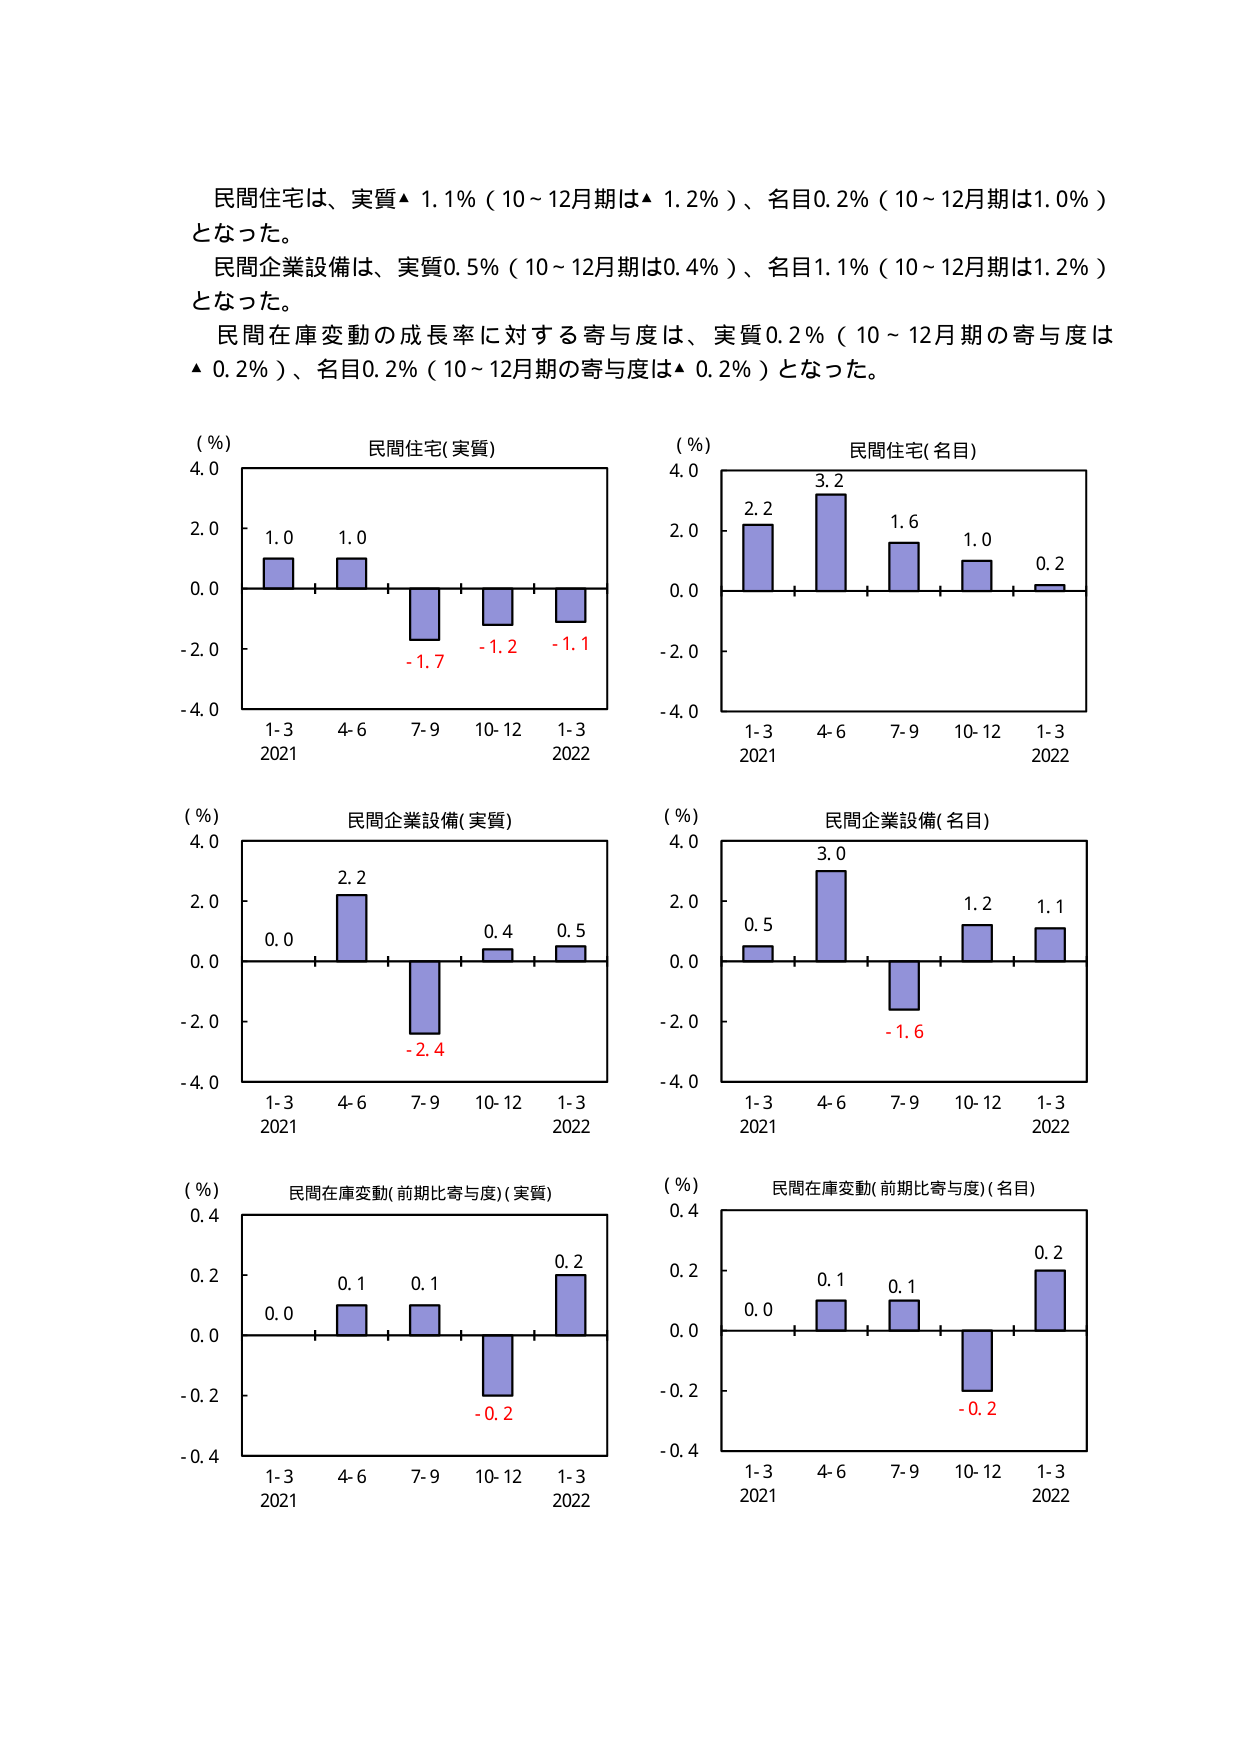
民間住宅は、実質▲ 1.1%（10～12月期は▲ 1.2%）、名目0.2%（10～12月期は1.0%）となった。
民間企業設備は、実質0.5%（10～12月期は0.4%）、名目1.1%（10～12月期は1.2%）となった。
民間在庫変動の成長率に対する寄与度は、実質0.2%（10～12月期の寄与度は▲ 0.2%）、名目0.2%（10～12月期の寄与度は▲ 0.2%）となった。

(%)
民間住宅(実質)
4.0
2.0
0.0
-2.0
-4.0
1.0
1.0
-1.7
-1.2
-1.1
1-3
2021
4-6
7-9
10-12
1-3
2022

(%)
民間住宅(名目)
4.0
2.0
0.0
-2.0
-4.0
2.2
3.2
1.6
1.0
0.2
1-3
2021
4-6
7-9
10-12
1-3
2022

(%)
民間企業設備(実質)
4.0
2.0
0.0
-2.0
-4.0
0.0
2.2
-2.4
0.4
0.5
1-3
2021
4-6
7-9
10-12
1-3
2022

(%)
民間企業設備(名目)
4.0
2.0
0.0
-2.0
-4.0
0.5
3.0
-1.6
1.2
1.1
1-3
2021
4-6
7-9
10-12
1-3
2022

(%)
民間在庫変動(前期比寄与度)(実質)
0.4
0.2
0.0
-0.2
-0.4
0.0
0.1
0.1
-0.2
0.2
1-3
2021
4-6
7-9
10-12
1-3
2022

(%)
民間在庫変動(前期比寄与度)(名目)
0.4
0.2
0.0
-0.2
-0.4
0.0
0.1
0.1
-0.2
0.2
1-3
2021
4-6
7-9
10-12
1-3
2022